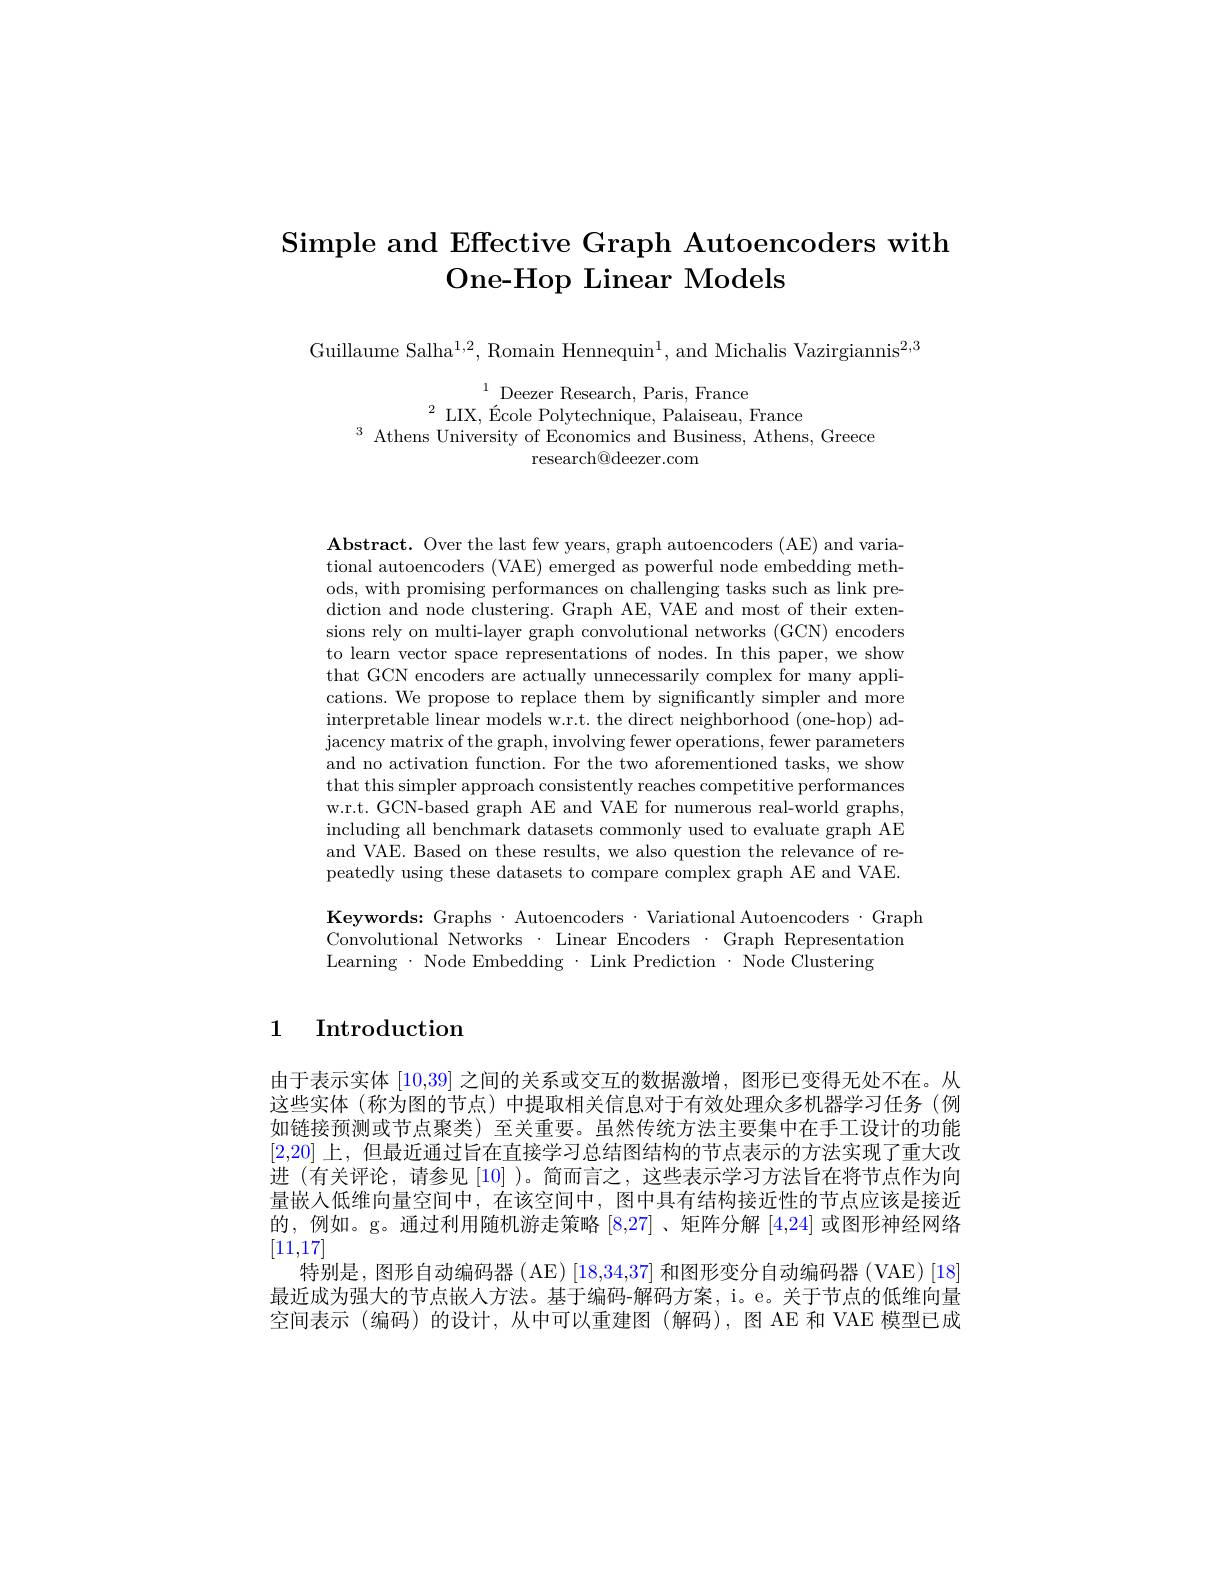
# Simple and Effective Graph Autoencoders with One- Hop Linear Models

Guillaume Salha$^1,2$, Romain Hennequin$^1$, and Michalis Vazirgiannis$^2,3$

$\begin{array}{c}^{1}\text{Deezer Research, Paris, France}\\^{2}\text{LIX, École Polytechnique, Palaiseau, France}\\^{3}\text{Athens University of Economics and Business, Athens, Greece}\end{array}$
research@deezer.com

Abstract. Over the last few years, graph autoencoders (AE) and variational autoencoders (VAE) emerged as powerful node embedding methods, with promising performances on challenging tasks such as link prediction and node clustering. Graph AE, VAE and most of their extensions rely on multi-layer graph convolutional networks (GCN) encoders to learn vector space representations of nodes. In this paper, we show that GCN encoders are actually unnecessarily complex for many applications. We propose to replace them by significantly simpler and more interpretable linear models w.r.t. the direct neighborhood (one-hop) ad- $\begin{array}{c}\text{jacency matrix of the graph, involving fewer operations, fewer parameters}\\\end{array}$ and no activation function. For the two aforementioned tasks, we show that this simpler approach consistently reaches competitive performances w.r.t. GCN-based graph AE and VAE for numerous real-world graphs, including all benchmark datasets commonly used to evaluate graph AE and VAE. Based on these results, we also question the relevance of repeatedly using these datasets to compare complex graph AE and VAE.

Keywords: Graphs·Autoencoders·Variational Autoencoders·Graph
Convolutional Networks $\cdot$ Linear Encoders$\cdot$Graph Representation
Learning$\cdot$NodeEmbedding$\cdot$LinkPrediction$\cdot$NodeClustering

## 1 Introduction

由于表示实体[10,39]之间的关系或交互的数据激增，图形已变得无处不在。从这些实体(称为图的节点)中提取相关信息对于有效处理众多机器学习任务(例如链接预测或节点聚类) 至关重要。虽然传统方法主要集中在手工设计的功能[2,20]上，但最近通过旨在直接学习总结图结构的节点表示的方法实现了重大改进(有关评论，请参见[10])。简而言之，这些表示学习方法旨在将节点作为向量嵌入低维向量空间中，在该空间中，图中具有结构接近性的节点应该是接近的，例如。g。通过利用随机游走策略[8,27] 、矩阵分解[4,24]或图形神经网络[11,17]
特别是，图形自动编码器(AE) [18,34,37] 和图形变分自动编码器 (VAE) [18最近成为强大的节点嵌人方法。基于编码-解码方案，i。e。关于节点的低维向量空间表示(编码)的设计，从中可以重建图(解码),图 AE 和 VAE 模型已成